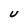
Character: U